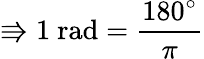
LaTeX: \Rrightarrow 1{\mathrm{~rad}}={\frac{180^{\circ}}{\pi}}